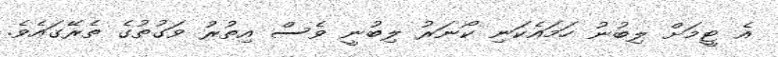
އެ ޓީމަށް ލިބުނު ހަމައެކަނި ކޯނަރު ލިބުނީ ވެސް އިތުރު ވަގުތުގެ ތެރޭގައެވެ.